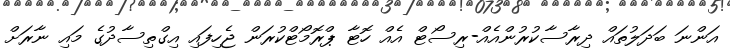
އަންނަ ބަދަލުތައް ދިރާސާކުރުންއެއް-ރިސޯޓް އެއް ހޮޓާ ޕްރޮމޯޓްކުރަން ޖެހިފައި އިގްތިސާދުގެ މައި ނާރަށް